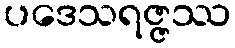
ပဒေသရဇ္ဇဿ